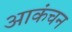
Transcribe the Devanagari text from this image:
आकंचन